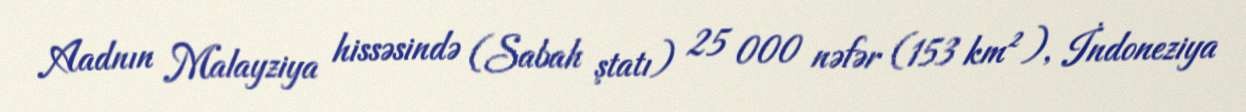
Aadnın Malayziya hissəsində (Sabah ştatı) 25 000 nəfər (153 km²), İndoneziya